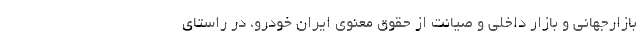
بازارجهانی و بازار داخلی و صیانت از حقوق معنوی ایران خودرو، در راستای